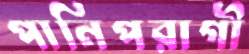
পানিপরাগী